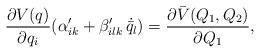
LaTeX: \begin{align*} \frac{\partial V(q)}{\partial q_i} ( \alpha'_{ik} + \beta'_{ilk} \, \dot{\bar{q}}_l ) = \frac{\partial \bar{V}(Q_1,Q_2)}{\partial Q_1} ,\end{align*}